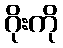
ဂိုးကို